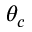
\theta _ { c }